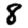
Digit: 8